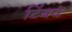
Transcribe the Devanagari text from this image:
टिंबच